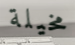
مخيلة